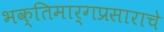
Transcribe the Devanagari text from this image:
भक्तिमार्गप्रसाराचे